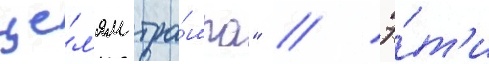
це́л'ям тра́мпа" // Э́т'и